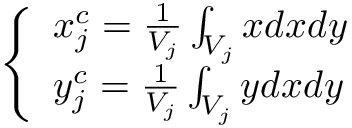
\left\{ \begin{array} { l } { { x _ { j } ^ { c } = \frac { 1 } { V _ { j } } \int _ { V _ { j } } x d x d y } } \\ { { y _ { j } ^ { c } = \frac { 1 } { V _ { j } } \int _ { V _ { j } } y d x d y } } \end{array} \right.